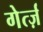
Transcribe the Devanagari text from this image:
गेर्त्ज़